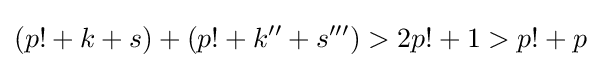
(p!+k+s)+(p!+k''+s''')>2p!+1>p!+p